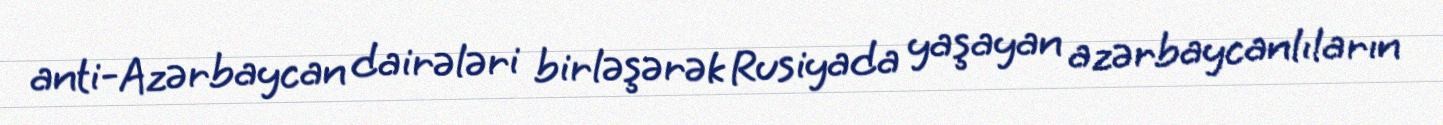
anti-Azərbaycan dairələri birləşərək Rusiyada yaşayan azərbaycanlıların